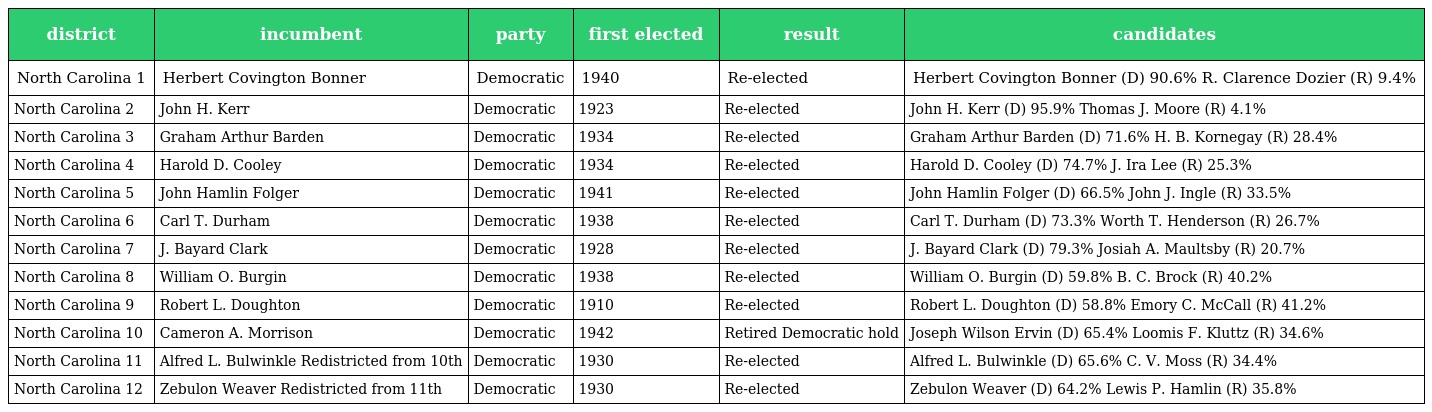
| district | incumbent | party | first elected | result | candidates |
 | --- | --- | --- | --- | --- | --- |
 | North Carolina 1 | Herbert Covington Bonner | Democratic | 1940 | Re-elected | Herbert Covington Bonner (D) 90.6% R. Clarence Dozier (R) 9.4% |
 | North Carolina 2 | John H. Kerr | Democratic | 1923 | Re-elected | John H. Kerr (D) 95.9% Thomas J. Moore (R) 4.1% |
 | North Carolina 3 | Graham Arthur Barden | Democratic | 1934 | Re-elected | Graham Arthur Barden (D) 71.6% H. B. Kornegay (R) 28.4% |
 | North Carolina 4 | Harold D. Cooley | Democratic | 1934 | Re-elected | Harold D. Cooley (D) 74.7% J. Ira Lee (R) 25.3% |
 | North Carolina 5 | John Hamlin Folger | Democratic | 1941 | Re-elected | John Hamlin Folger (D) 66.5% John J. Ingle (R) 33.5% |
 | North Carolina 6 | Carl T. Durham | Democratic | 1938 | Re-elected | Carl T. Durham (D) 73.3% Worth T. Henderson (R) 26.7% |
 | North Carolina 7 | J. Bayard Clark | Democratic | 1928 | Re-elected | J. Bayard Clark (D) 79.3% Josiah A. Maultsby (R) 20.7% |
 | North Carolina 8 | William O. Burgin | Democratic | 1938 | Re-elected | William O. Burgin (D) 59.8% B. C. Brock (R) 40.2% |
 | North Carolina 9 | Robert L. Doughton | Democratic | 1910 | Re-elected | Robert L. Doughton (D) 58.8% Emory C. McCall (R) 41.2% |
 | North Carolina 10 | Cameron A. Morrison | Democratic | 1942 | Retired Democratic hold | Joseph Wilson Ervin (D) 65.4% Loomis F. Kluttz (R) 34.6% |
 | North Carolina 11 | Alfred L. Bulwinkle Redistricted from 10th | Democratic | 1930 | Re-elected | Alfred L. Bulwinkle (D) 65.6% C. V. Moss (R) 34.4% |
 | North Carolina 12 | Zebulon Weaver Redistricted from 11th | Democratic | 1930 | Re-elected | Zebulon Weaver (D) 64.2% Lewis P. Hamlin (R) 35.8% |